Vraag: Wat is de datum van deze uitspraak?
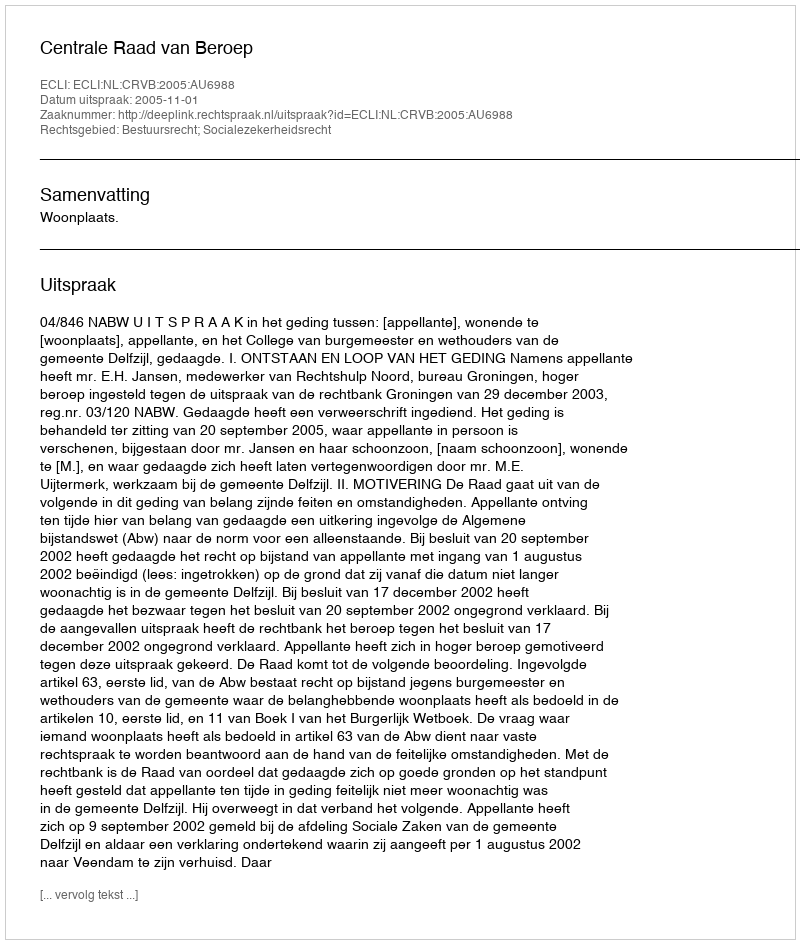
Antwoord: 2005-11-01